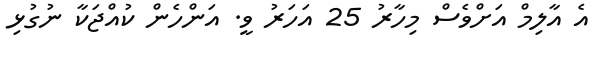
އެ އާލިމް އަށްވެސް މިހާރު 25 އަހަރު ވީ. އަންހެން ކުއްޖަކާ ނުގުޅި